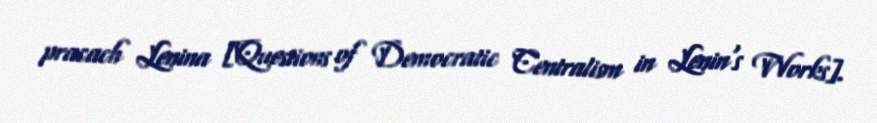
pracach Lenina [Questions of Democratic Centralism in Lenin's Works].